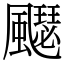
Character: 飋